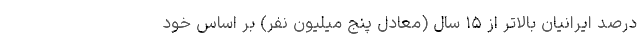
درصد ایرانیان بالاتر از ۱۵ سال (معادل پنج میلیون نفر) بر اساس خود